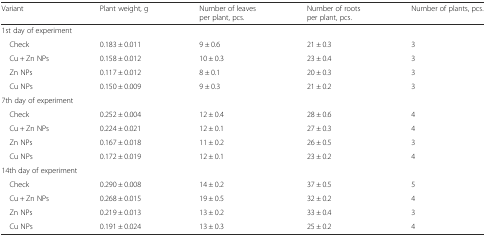
<table><thead><tr><td><b>Variant</b></td><td><b>Plant weight, g</b></td><td><b>Number of leaves per plant, pcs.</b></td><td><b>Number of roots per plant, pcs.</b></td><td><b>Number of plants, pcs.</b></td></tr></thead><tbody><tr><td colspan="5">1st day of experiment</td></tr><tr><td> Check</td><td>0.183 ± 0.011</td><td>9 ± 0.6</td><td>21 ± 0.3</td><td>3</td></tr><tr><td> Сu + Zn NPs</td><td>0.158 ± 0.012</td><td>10 ± 0.3</td><td>23 ± 0.4</td><td>3</td></tr><tr><td> Zn NPs</td><td>0.117 ± 0.012</td><td>8 ± 0.1</td><td>20 ± 0.3</td><td>3</td></tr><tr><td> Сu NPs</td><td>0.150 ± 0.009</td><td>9 ± 0.3</td><td>21 ± 0.2</td><td>3</td></tr><tr><td colspan="5">7th day of experiment</td></tr><tr><td> Check</td><td>0.252 ± 0.004</td><td>12 ± 0.4</td><td>28 ± 0.6</td><td>4</td></tr><tr><td> Сu + Zn NPs</td><td>0.224 ± 0.021</td><td>12 ± 0.1</td><td>27 ± 0.3</td><td>4</td></tr><tr><td> Zn NPs</td><td>0.167 ± 0.018</td><td>11 ± 0.2</td><td>26 ± 0.5</td><td>3</td></tr><tr><td> Сu NPs</td><td>0.172 ± 0.019</td><td>12 ± 0.1</td><td>23 ± 0.2</td><td>4</td></tr><tr><td colspan="5">14th day of experiment</td></tr><tr><td> Check</td><td>0.290 ± 0.008</td><td>14 ± 0.2</td><td>37 ± 0.5</td><td>5</td></tr><tr><td> Сu + Zn NPs</td><td>0.268 ± 0.015</td><td>19 ± 0.5</td><td>32 ± 0.2</td><td>4</td></tr><tr><td> Zn NPs</td><td>0.219 ± 0.013</td><td>13 ± 0.2</td><td>33 ± 0.4</td><td>3</td></tr><tr><td> Сu NPs</td><td>0.191 ± 0.024</td><td>13 ± 0.3</td><td>25 ± 0.2</td><td>4</td></tr></tbody></table>